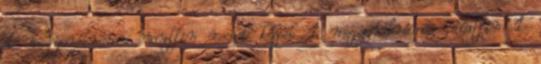
1 mogyorókrémes muffin recept képpel 1 mogyorókrémes muffin 1